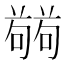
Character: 𭋘